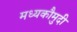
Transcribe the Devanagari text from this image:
मध्यकौमुदी